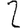
Digit: 2